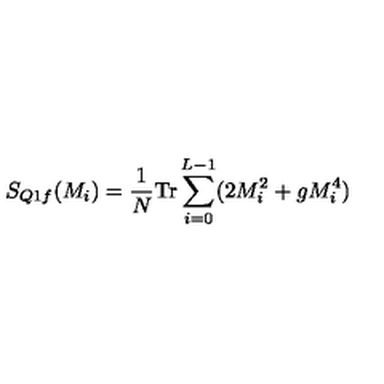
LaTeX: S _ { Q 1 f } ( M _ { i } ) = \frac { 1 } { N } \mathrm { T r } \sum _ { i = 0 } ^ { L - 1 } ( 2 M _ { i } ^ { 2 } + g M _ { i } ^ { 4 } )